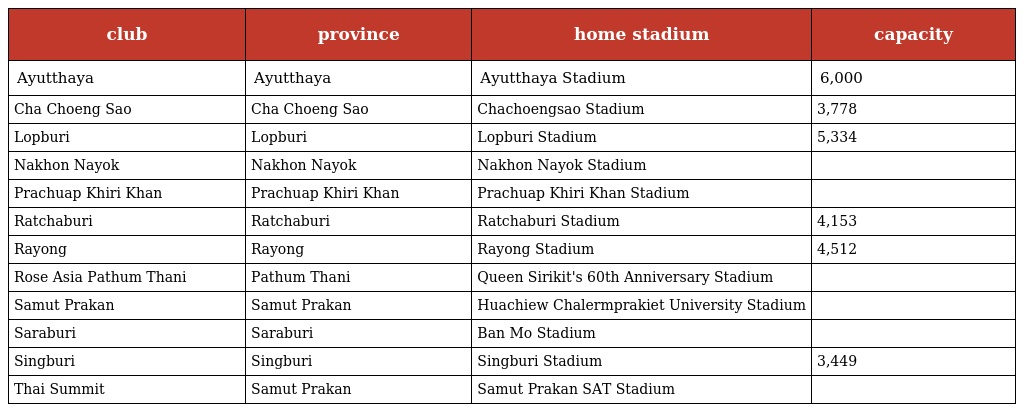
| club | province | home stadium | capacity |
 | --- | --- | --- | --- |
 | Ayutthaya | Ayutthaya | Ayutthaya Stadium | 6,000 |
 | Cha Choeng Sao | Cha Choeng Sao | Chachoengsao Stadium | 3,778 |
 | Lopburi | Lopburi | Lopburi Stadium | 5,334 |
 | Nakhon Nayok | Nakhon Nayok | Nakhon Nayok Stadium |  |
 | Prachuap Khiri Khan | Prachuap Khiri Khan | Prachuap Khiri Khan Stadium |  |
 | Ratchaburi | Ratchaburi | Ratchaburi Stadium | 4,153 |
 | Rayong | Rayong | Rayong Stadium | 4,512 |
 | Rose Asia Pathum Thani | Pathum Thani | Queen Sirikit's 60th Anniversary Stadium |  |
 | Samut Prakan | Samut Prakan | Huachiew Chalermprakiet University Stadium |  |
 | Saraburi | Saraburi | Ban Mo Stadium |  |
 | Singburi | Singburi | Singburi Stadium | 3,449 |
 | Thai Summit | Samut Prakan | Samut Prakan SAT Stadium |  |